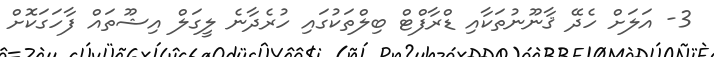
3- އަލަށް ހެދޭ ޤާނޫނުތަކާއި ޑްރާފްޓް ބިލްތަކުގައި ހުރެދާނެ ލީގަލް އިޝޫތައް ފާހަގަކޮށް